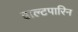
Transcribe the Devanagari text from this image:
डाल्टपारिन